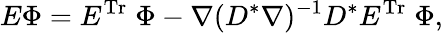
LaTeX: E\Phi=E^{\mathrm{Tr}}\; \Phi-\nabla(D^{*}\nabla)^{-1}D^{*}E^{\mathrm{Tr}}\; \Phi,